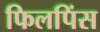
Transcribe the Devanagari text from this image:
फिलपिंस